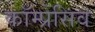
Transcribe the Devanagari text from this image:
कॉम्प्रेसिव